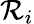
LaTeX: {\mathcal{R}}_{i}